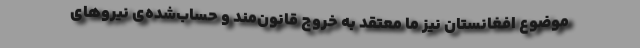
موضوع افغانستان نیز ما معتقد به خروج قانون‌مند و حساب‌شده‌ی نیروهای